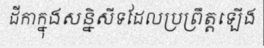
ដីកាក្នុងសន្និសីទដែលប្រព្រឹត្តឡើង